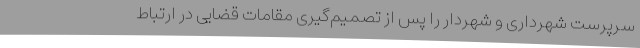
سرپرست شهرداری و شهردار را پس از تصمیم‌گیری مقامات قضایی در ارتباط